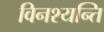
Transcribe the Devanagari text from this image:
विनश्यन्ति